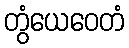
တွံယေဝေတံ